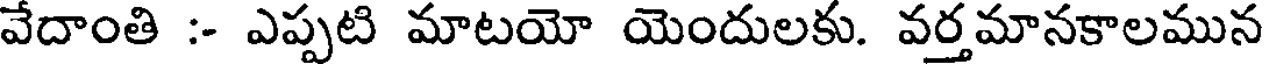
వేదాంతి :- ఎప్పటి మాటయో యెందులకు. వర్తమానకాలమున